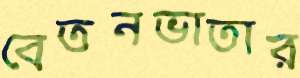
বেতনভাতার